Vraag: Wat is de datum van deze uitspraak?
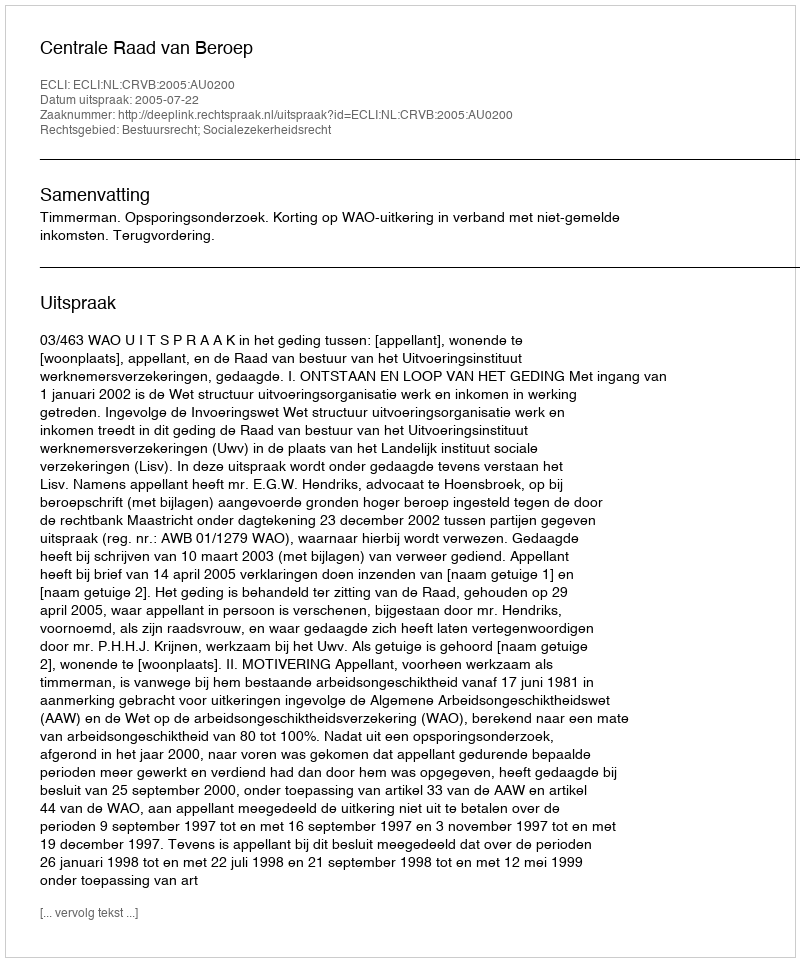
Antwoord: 2005-07-22